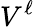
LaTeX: V^{\ell}